Report of the Indian Hemp Drugs Commission, 1894-1895 - Volume II
Year: 1894
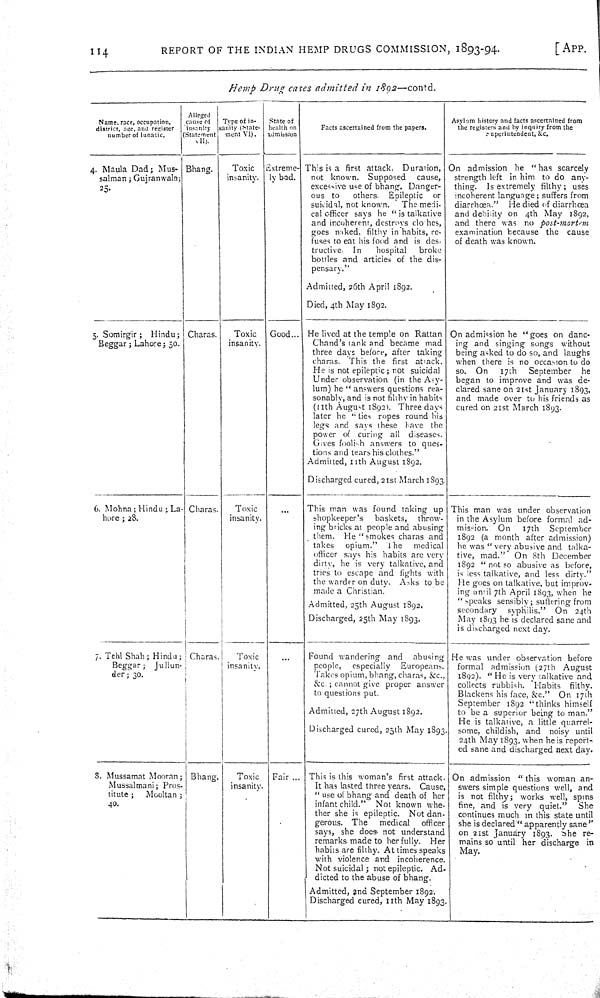
114
REPORT OF THE INDIAN HEMP DRUGS COMMISSION, 1893-94.
[APP.
Hemp
Drug
cases admitted
in
1892—contd.
Name, race, occupation,
district, age, and register
number of lunatic.
Alleged
cause of
insanity
(Statement
VII).
Type of in-
sanity (State-
ment VI).
State of
health on
admission
Facts ascertained from the papers.
Asylam history and facts ascertained from
the registers and by inquiry from the
superintendent, &c.
4. Maula Dad; Mus-
salman; Gujranwala;
25.
Bhang.
Toxic
insanity.
Extreme-
ly bad.
This is a first attack.
Duration,
not known.
Supposed
cause,
excessive use of bhang. Danger-
ous to
others.
Epileptic
or
suicidal, not known.
The medi-
cal officer says he "is talkative
and incoherent, destroys clothes,
goes naked, filthy in habits, re-
fuses to eat his food and is des-
tructive.
In
hospital
broke
bottles and articles of the dis-
pensary."
Admitted, 26th April 1892.
Died, 4th May 1892.
On admission he "has scarcely
strength left in him to do any-
thing.
Is extremely
filthy;
uses
incoherent language; suffers from
diarrhœa."
He died of diarrhœa
and debility on 4th May
1892,
and there was no
post-mortem
examination because the
cause
of death was known.
5. Somirgir;
Hindu;
Beggar; Lahore; 50.
Charas.
Toxic
insanity.
Good...
He lived at the temple on Rattan
Chand's tank and became mad
three days before, after
taking
charas. This the first
attack.
He is not epileptic; not suicidal
Under observation (in the Asy-
lum) he "answers questions rea-
sonably, and is not filthy in habits
(11th August 1892). Three days
later he "ties ropes round his
legs and says these have the
power of curing all
diseases.
Gives foolish answers to ques-
tions and tears his clothes."
Admitted, 11th August 1892.
Discharged cured, 21st March 1893.
On admission he "goes on danc-
ing and singing songs
without
being asked to do so, and laughs
when there is no occasion to do
so.
On
17th
September
he
began to improve and was de-
clared sane on 21st January 1893,
and made over to his friends as
cured on 21st March 1893.
6. Mohna; Hindu; La-
hore; 28.
Charas.
Toxic
insanity.
This man was found taking up
shopkeeper's
baskets,
throw-
ing bricks at people and abusing
them.
He "smokes charas and
takes
opium."
The
medical
officer says his habits are very
dirty, he is very talkative, and
tries to escape and
fights
with
the warder on duty.
Asks to be
made a Christian.
Admitted, 25th August 1892.
Discharged, 25th May 1893.
This man was under observation
in the Asylum before formal ad-
mission.
On
17th
September
1892 (a month after admission)
he was "very abusive and talka-
tive, mad."
On 8th December
1892 "not so abusive as before,
is less talkative, and less dirty."
He goes on talkative, but improv-
ing until 7th April 1893, when he
"speaks sensibly; suffering from
secondary
syphilis."
On
24th
May 1893 he is declared sane and
is discharged next day.
7. Tehl Shah; Hindu;
Beggar;
Jullun-
der; 30.
Charas.
Toxic
insanity.
Found wandering and
abusing
people,
especially
Europeans.
Takes opium, bhang, charas, &c.,
&c.; cannot give proper answer
to questions put.
Admitted, 27th August 1892.
Discharged cured, 25th May 1893.
He was under observation before
formal admission (27th
August
1892). "He is very talkative and
collects rubbish.
Habits
filthy.
Blackens his face, &c."
On 17th
September 1892 "thinks himself
to be a superior being to man."
He is talkative, a little quarrel-
some, childish, and
noisy until
24th May 1893, when he is report-
ed sane and discharged next day.
8. Mussamat Mooran;
Mussalmani; Pros-
titute;
Mooltan;
40.
Bhang.
Toxic
insanity.
Fair
This is this woman's first attack.
It has lasted three years.
Cause,
"use of bhang and death of her
infant child."
Not known whe-
ther she is epileptic.
Not dan-
gerous. The
medical
officer
says, she does not understand
remarks made to her fully.
Her
habits are filthy. At times speaks
with violence and incoherence.
Not suicidal; not epileptic.
Ad-
dicted to the abuse of bhang.
Admitted, 2nd September 1892.
Discharged cured, 11th May 1893.
On admission "this woman an-
swers simple questions well, and
is not filthy; works well, spins
fine,
and is very quiet."
She
continues much in this state until
she is declared "apparently sane"
on 21st January 1893.
She
re-
mains so until her discharge
in
May.